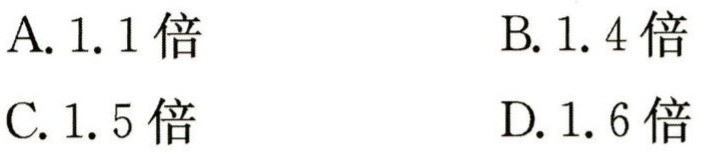
A. 1.1倍

B. 1.4倍

C. 1.5倍

D. 1.6倍